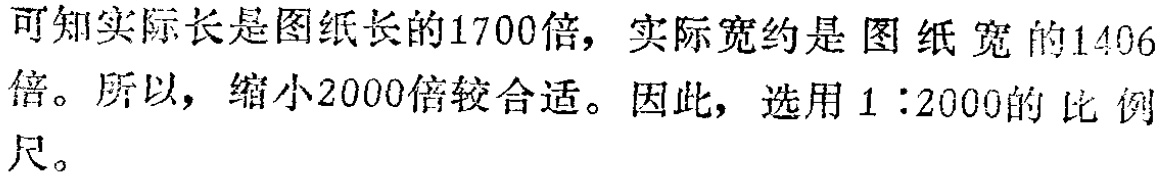
可知实际长是图纸长的1700倍，实际宽约是图纸宽的1406倍。所以，缩小2000倍较合适。因此，选用\(1:2000\)的比例尺。